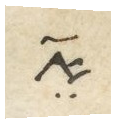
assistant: את